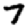
Digit: 7